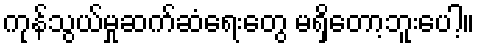
ကုန်သွယ်မှုဆက်ဆံရေးတွေ မရှိတော့ဘူးပေါ့။